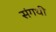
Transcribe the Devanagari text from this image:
संगथी